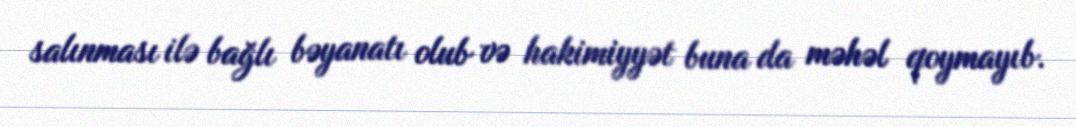
salınması ilə bağlı bəyanatı olub və hakimiyyət buna da məhəl qoymayıb.